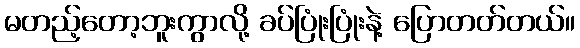
မတည့်တော့ဘူးကွာလို့ ခပ်ပြုံးပြုံးနဲ့ ပြောတတ်တယ်။